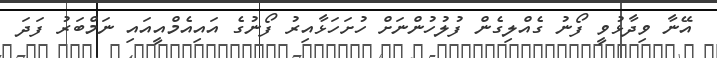
އޭނާ ވިދާޅުވީ ފޯނު ގެއްލިގެން ފުލުހުންނަށް ހުށަހަޅާއިރު ފޯނުގެ އައިއެމްއީއައި ނަމްބަރު ފަދަ